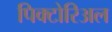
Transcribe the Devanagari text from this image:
पिक्टोरिअल